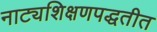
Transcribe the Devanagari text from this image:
नाट्यशिक्षणपद्धतीत